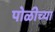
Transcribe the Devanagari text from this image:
पोळीच्या